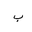
Letter: _ba